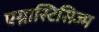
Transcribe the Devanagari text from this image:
एग्नास्टिसिज्म